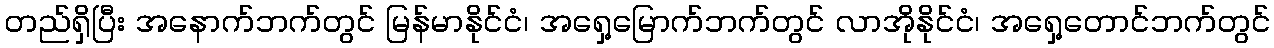
တည်ရှိပြီး အနောက်ဘက်တွင် မြန်မာနိုင်ငံ၊ အရှေ့မြောက်ဘက်တွင် လာအိုနိုင်ငံ၊ အရှေ့တောင်ဘက်တွင်